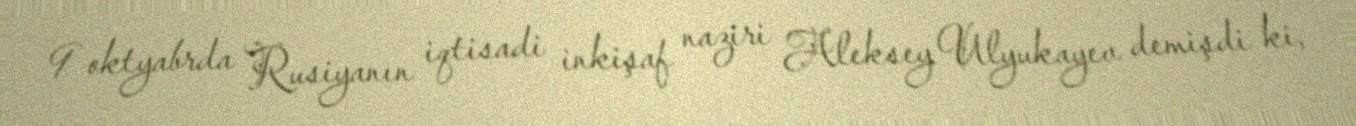
9 oktyabrda Rusiyanın iqtisadi inkişaf naziri Aleksey Ulyukayev demişdi ki,